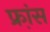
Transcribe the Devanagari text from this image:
फ्रा़ंस